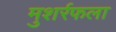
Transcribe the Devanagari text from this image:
मुशर्रफला